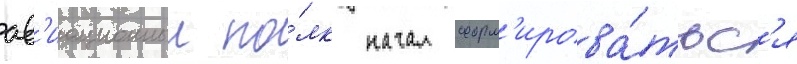
ав'иационныи по́лк начал форм'ирова́тьс'я